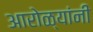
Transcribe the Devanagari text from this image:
आरोळ्यांनी